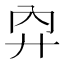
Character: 𢌷